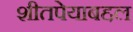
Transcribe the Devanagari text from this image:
शीतपेयाबद्दल